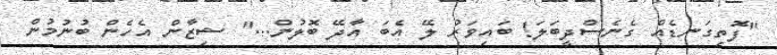
"ފޮތިގަނޑެއް ގެނެސްދީބަލަ! ބައިވަރު ލޭ އެބަ އާދޭ ބޮލުން..." ޝިޒާން އެހެން ބުނުމުން